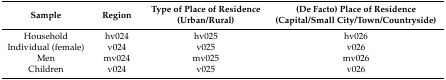
<table><thead><tr><td><b>Sample</b></td><td><b>Region</b></td><td><b>Type of Place of Residence (Urban/Rural)</b></td><td><b>(De Facto) Place of Residence (Capital/Small City/Town/Countryside)</b></td></tr></thead><tbody><tr><td>Household</td><td>hv024</td><td>hv025</td><td>hv026</td></tr><tr><td>Individual (female)</td><td>v024</td><td>v025</td><td>v026</td></tr><tr><td>Men</td><td>mv024</td><td>mv025</td><td>mv026</td></tr><tr><td>Children</td><td>v024</td><td>v025</td><td>v026</td></tr></tbody></table>